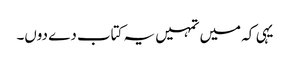
یہی کہ میں تمہیں یہ کتاب دے دوں۔